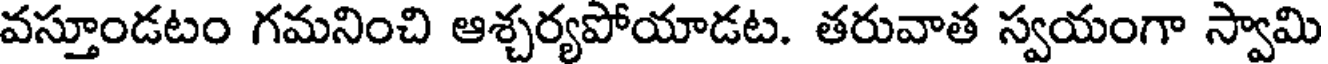
వస్తూండటం గమనించి ఆశ్చర్యపోయాడట. తరువాత స్వయంగా స్వామి